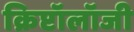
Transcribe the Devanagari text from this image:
क्रिप्टॉलॉजी